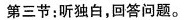
第三节;听独白,回答问题.